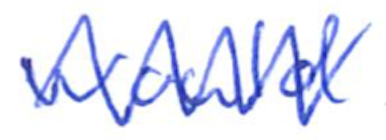
Text: would
Cross-out: zig-zag
Writing tool: ballpoint